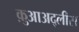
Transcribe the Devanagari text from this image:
क़ुआअद्लीस